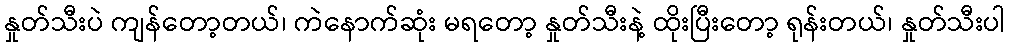
နှုတ်သီးပဲ ကျန်တော့တယ်၊ ကဲနောက်ဆုံး မရတော့ နှုတ်သီးနဲ့ ထိုးပြီးတော့ ရုန်းတယ်၊ နှုတ်သီးပါ